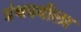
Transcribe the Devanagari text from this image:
ग्रंथत्रयीला